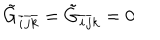
\tilde { G } _ { \bar { i } \bar { j } \bar { k } } = \tilde { G } _ { \bar { i } \bar { j } k } = 0